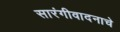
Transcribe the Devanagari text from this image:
सारंगीवादनाचे